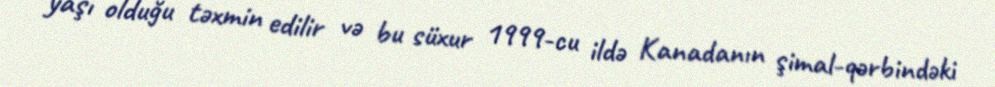
yaşı olduğu təxmin edilir və bu süxur 1999-cu ildə Kanadanın şimal-qərbindəki